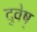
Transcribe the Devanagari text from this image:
दुवेष्